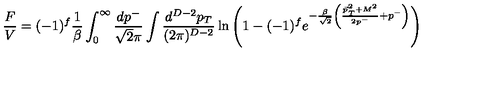
\frac { F } { V } = ( - 1 ) ^ { f } \frac { 1 } { \beta } \int _ { 0 } ^ { \infty } \frac { d p ^ { - } } { \sqrt { 2 } \pi } \int \frac { d ^ { D - 2 } p _ { T } } { ( 2 \pi ) ^ { D - 2 } } \ln \left( 1 - ( - 1 ) ^ { f } e ^ { - \frac { \beta } { \sqrt { 2 } } \left( \frac { { \vec { p } _ { T } } ^ { 2 } + M ^ { 2 } } { 2 p ^ { - } } + p ^ { - } \right) } \right)